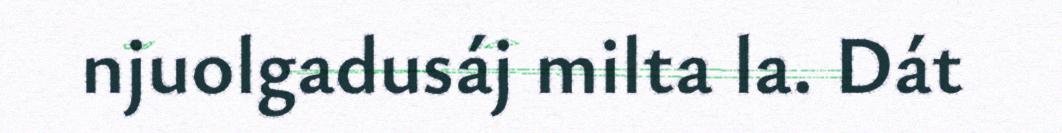
njuolgadusáj milta la. Dát